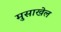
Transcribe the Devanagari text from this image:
मुसाखेल